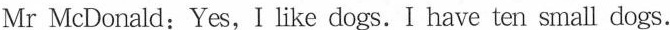
Mr McDonald:Yes,I like dogs.I have ten small dogs.